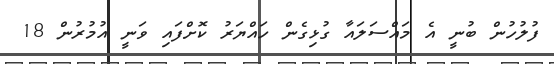
ފުލުހުން ބުނީ އެ މައްސަލައާ ގުޅިގެން ހައްޔަރު ކޮށްފައި ވަނީ އުމުރުން 18